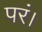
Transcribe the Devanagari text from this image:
परं।